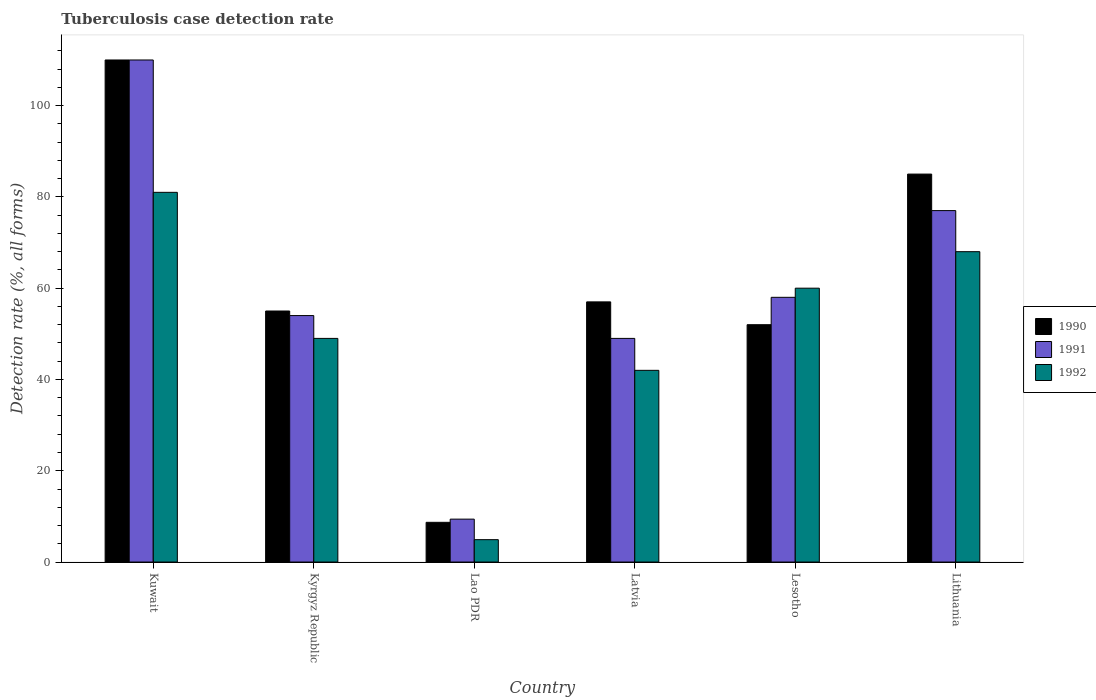
| Country | 1990 | 1991 | 1992 |
 | --- | --- | --- | --- |
 | Kuwait | 110 | 110 | 81 |
 | Kyrgyz Republic | 55 | 54 | 49 |
 | Lao PDR | 8.7 | 9.4 | 4.9 |
 | Latvia | 57 | 49 | 42 |
 | Lesotho | 52 | 58 | 60 |
 | Lithuania | 85 | 77 | 68 |